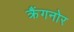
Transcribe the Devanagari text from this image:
क्रैंगनोर